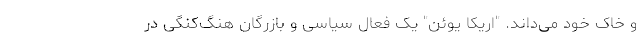
و خاک خود می‌داند. "اریکا یوئن" یک فعال سیاسی و بازرگان هنگ‌کنگی در